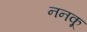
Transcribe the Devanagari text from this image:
ननकू